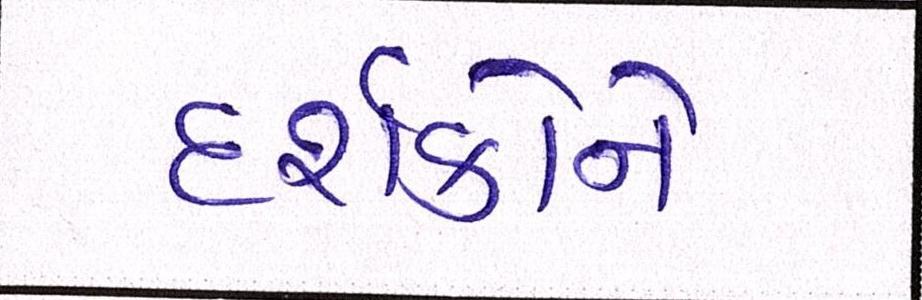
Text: દર્શકોને